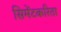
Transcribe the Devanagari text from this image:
सिमेंटकरिता